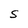
Character: S